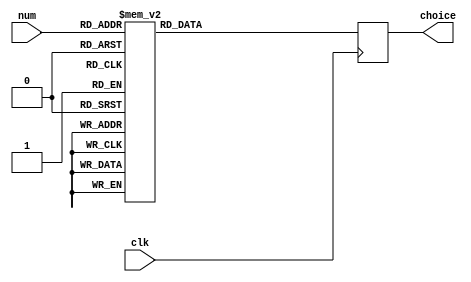
`timescale 1ns / 1ps
//////////////////////////////////////////////////////////////////////////////////
// Company: 
// Engineer: 
// 
// Design Name: 
// Module Name: choice
// Project Name: 
// Target Devices: 
// Tool Versions: 
// Description: 
// 
// Dependencies: 
// 
// Revision:
// Revision 0.01 - File Created
// Additional Comments:
// 
//////////////////////////////////////////////////////////////////////////////////


module choice(clk, num, choice);
    input clk;
    input [2:0] num;
    output reg [7:0] choice;
    
    always @(negedge clk) begin
        case(num)
            0: choice = 8'b11111110;
            1: choice = 8'b11111101;
            2: choice = 8'b11111011;
            3: choice = 8'b11110111;
            4: choice = 8'b11101111;
            5: choice = 8'b11011111;
            6: choice = 8'b10111111;
            7: choice = 8'b01111111;
        endcase
    end
endmodule